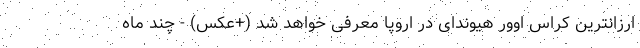
ارزانترین کراس اوور هیوندای در اروپا معرفی خواهد شد (+عکس) - چند ماه